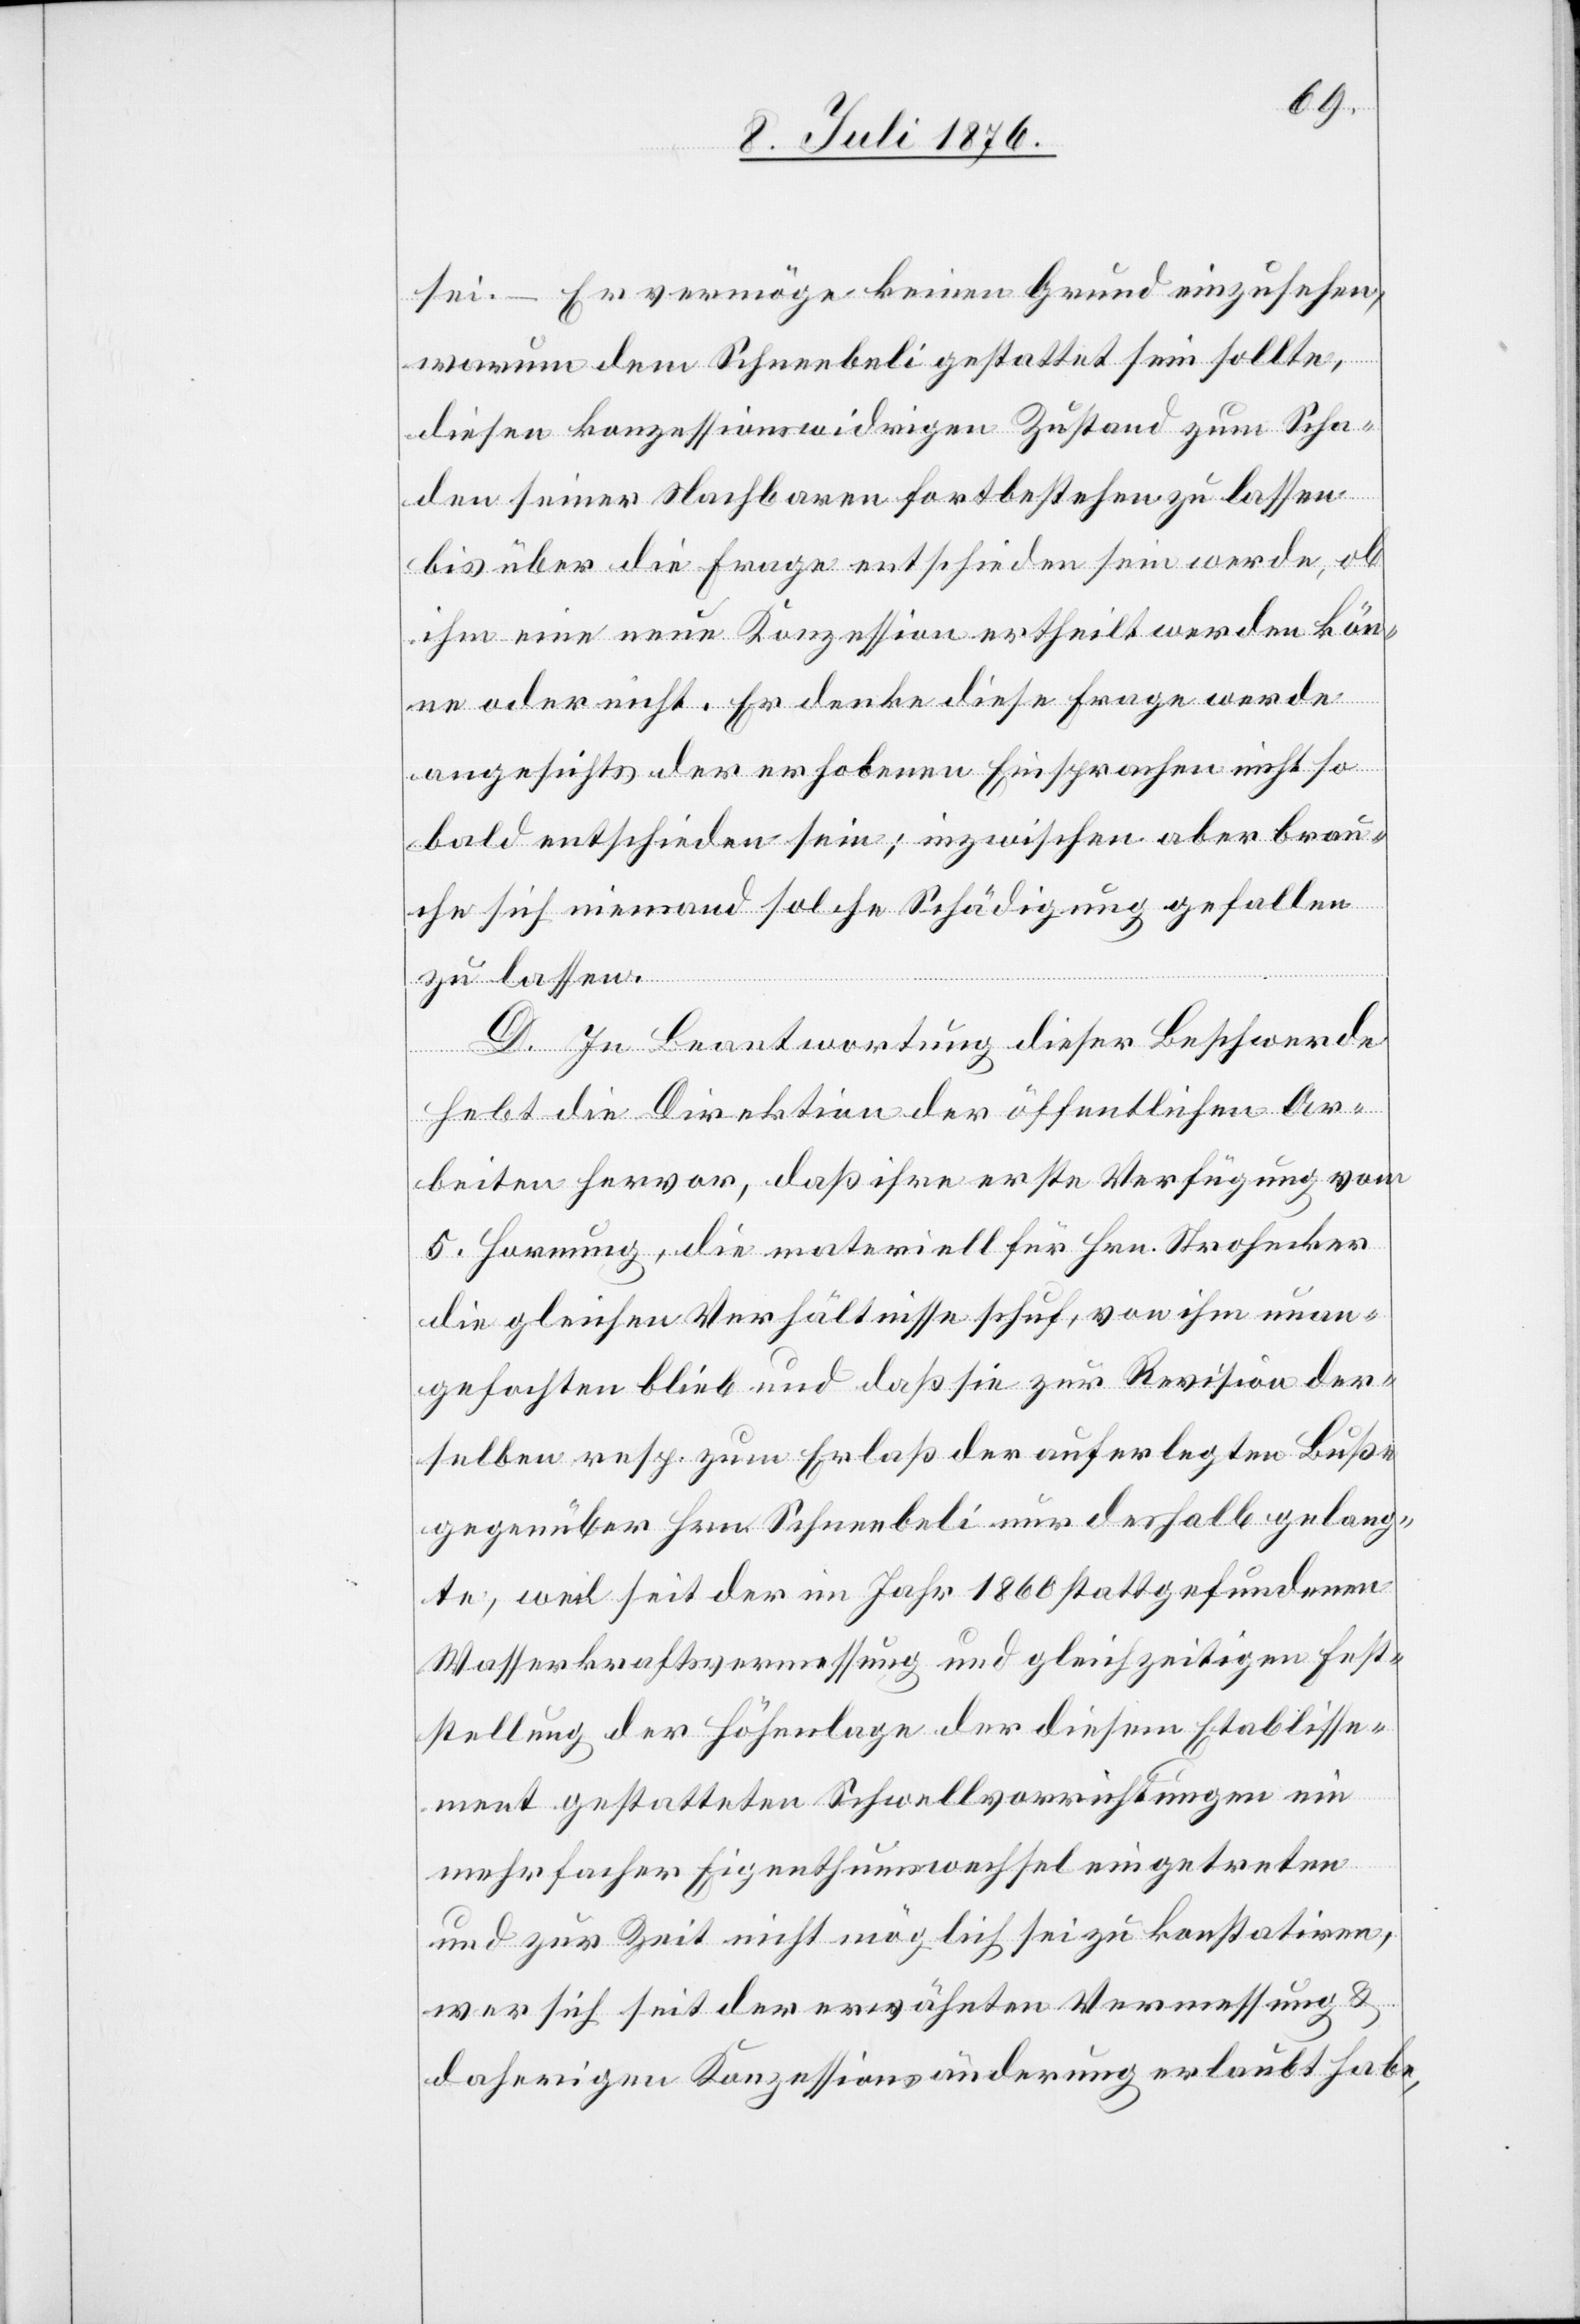
sei. – Er vermöge keinen Grund einzusehen,
warum dem Schneebeli gestattet sein sollte,
diesen konzessionswidrigen Zustand zum Scha¬
den seiner Nachbaren fortbestehen zu lassen
bis über die Frage entschieden sein werde, ob
ihm eine neue Konzession ertheilt werden kön¬
ne oder nicht. Er denke diese Frage werde
angesichts der erhobenen Einsprachen nicht so¬
bald entschieden sein; inzwischen aber brau¬
che sich niemand solche Schädigung gefallen
zu lassen.
D. In Beantwortung dieser Beschwerde
hebt die Direktion der öffentlichen Ar¬
beiten hervor, daß ihre erste Verfügung vom
5. Hornung, die materiell für Hrn. Strohecker
die gleichen Verhältnisse schuf, von ihm unan¬
gefochten blieb und daß sie zur Revision der¬
selben resp. zum Erlaß der auferlegten Buße
gegenüber Hrn. Schneebeli nur deshalb gelang¬
te, weil seit der im Jahr 1860 stattgefundenen
Wasserkraftsvermessung und gleichzeitigen Fest¬
stellung der Höhenlage der diesem Etablisse¬
ment gestatteten Schwellvorrichtungen ein
mehrfacher Eigenthumswechsel eingetreten
und zur Zeit nicht möglich sei zu konstatiren,
wer sich seit der erwähnten Vermessung &
daherigen Konzessionsänderung erlaubt habe,